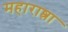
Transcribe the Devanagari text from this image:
महाराष्त्रा